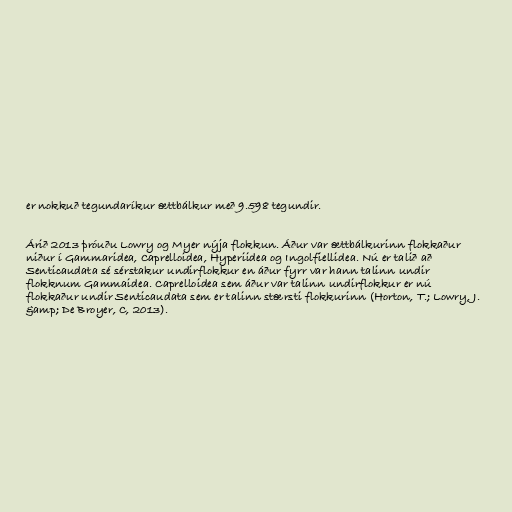
er nokkuð tegundaríkur ættbálkur með 9.598 tegundir.

Árið 2013 þróuðu Lowry og Myer nýja flokkun. Áður var ættbálkurinn flokkaður
niður í Gammaridea, Caprelloidea, Hyperiidea og Ingolfiellidea. Nú er talið að
Senticaudata sé sérstakur undirflokkur en áður fyrr var hann talinn undir
flokknum Gammaidea. Caprelloidea sem áður var talinn undirflokkur er nú
flokkaður undir Senticaudata sem er talinn stærsti flokkurinn (Horton, T.; Lowry, J.
&amp; De Broyer, C, 2013).